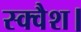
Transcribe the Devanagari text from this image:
स्क्वैश।